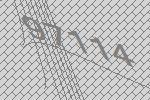
97114